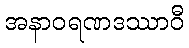
အနာဝရဏဒဿာဝီ